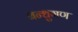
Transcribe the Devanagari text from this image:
बन्धुगण